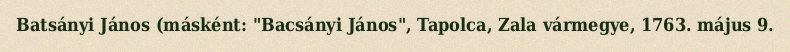
Batsányi János (másként: "Bacsányi János", Tapolca, Zala vármegye, 1763. május 9.